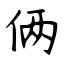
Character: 俩